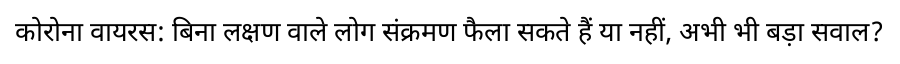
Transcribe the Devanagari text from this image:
कोरोना वायरस: बिना लक्षण वाले लोग संक्रमण फैला सकते हैं या नहीं, अभी भी बड़ा सवाल?